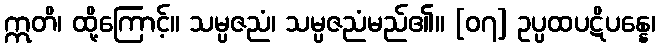
ဣတိ၊ ထို့ကြောင့်။ သမ္ပဇညံ၊ သမ္ပဇညံမည်၏။ [၀၇] ဥပ္ပထပဋိပန္နေ၊